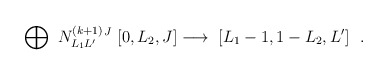
\begin{align*}\bigoplus_{} \ N^{(k+1)}_{L_{1}L' }{}^{J} \ [0,L_{2},J]\longrightarrow \ \makebox[5cm][l]{$\displaystyle [L_{1}-1,1-L_{2},L']\ \ .$}\end{align*}